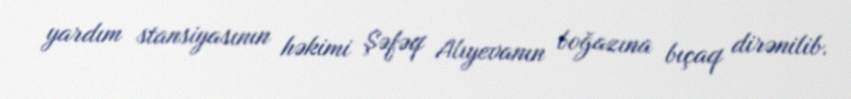
yardım stansiyasının həkimi Şəfəq Alıyevanın boğazına bıçaq dirənilib.